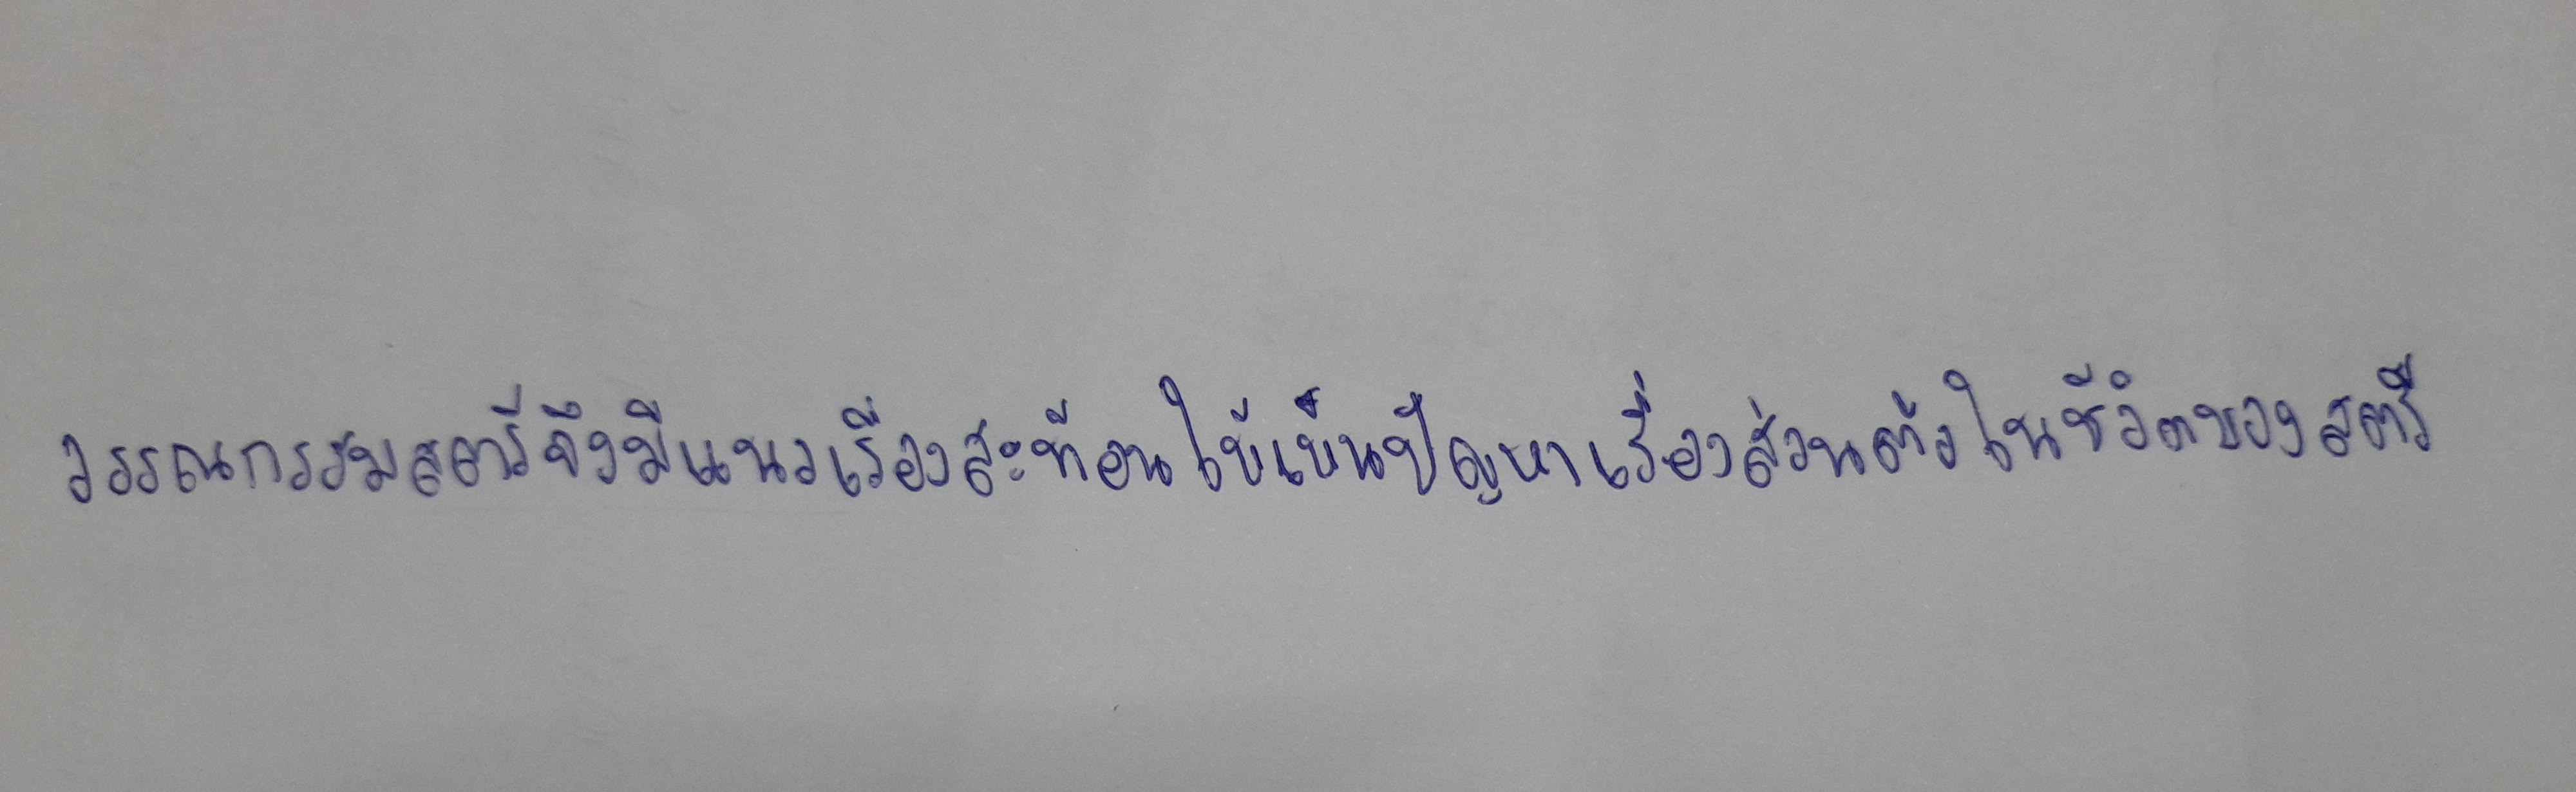
วรรณกรรมสตรีจึงมีแนวเรื่องสะท้อนให้เห็นปัญหาเรื่องส่วนตัวในชีวิตของสตรี